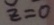
z = 0